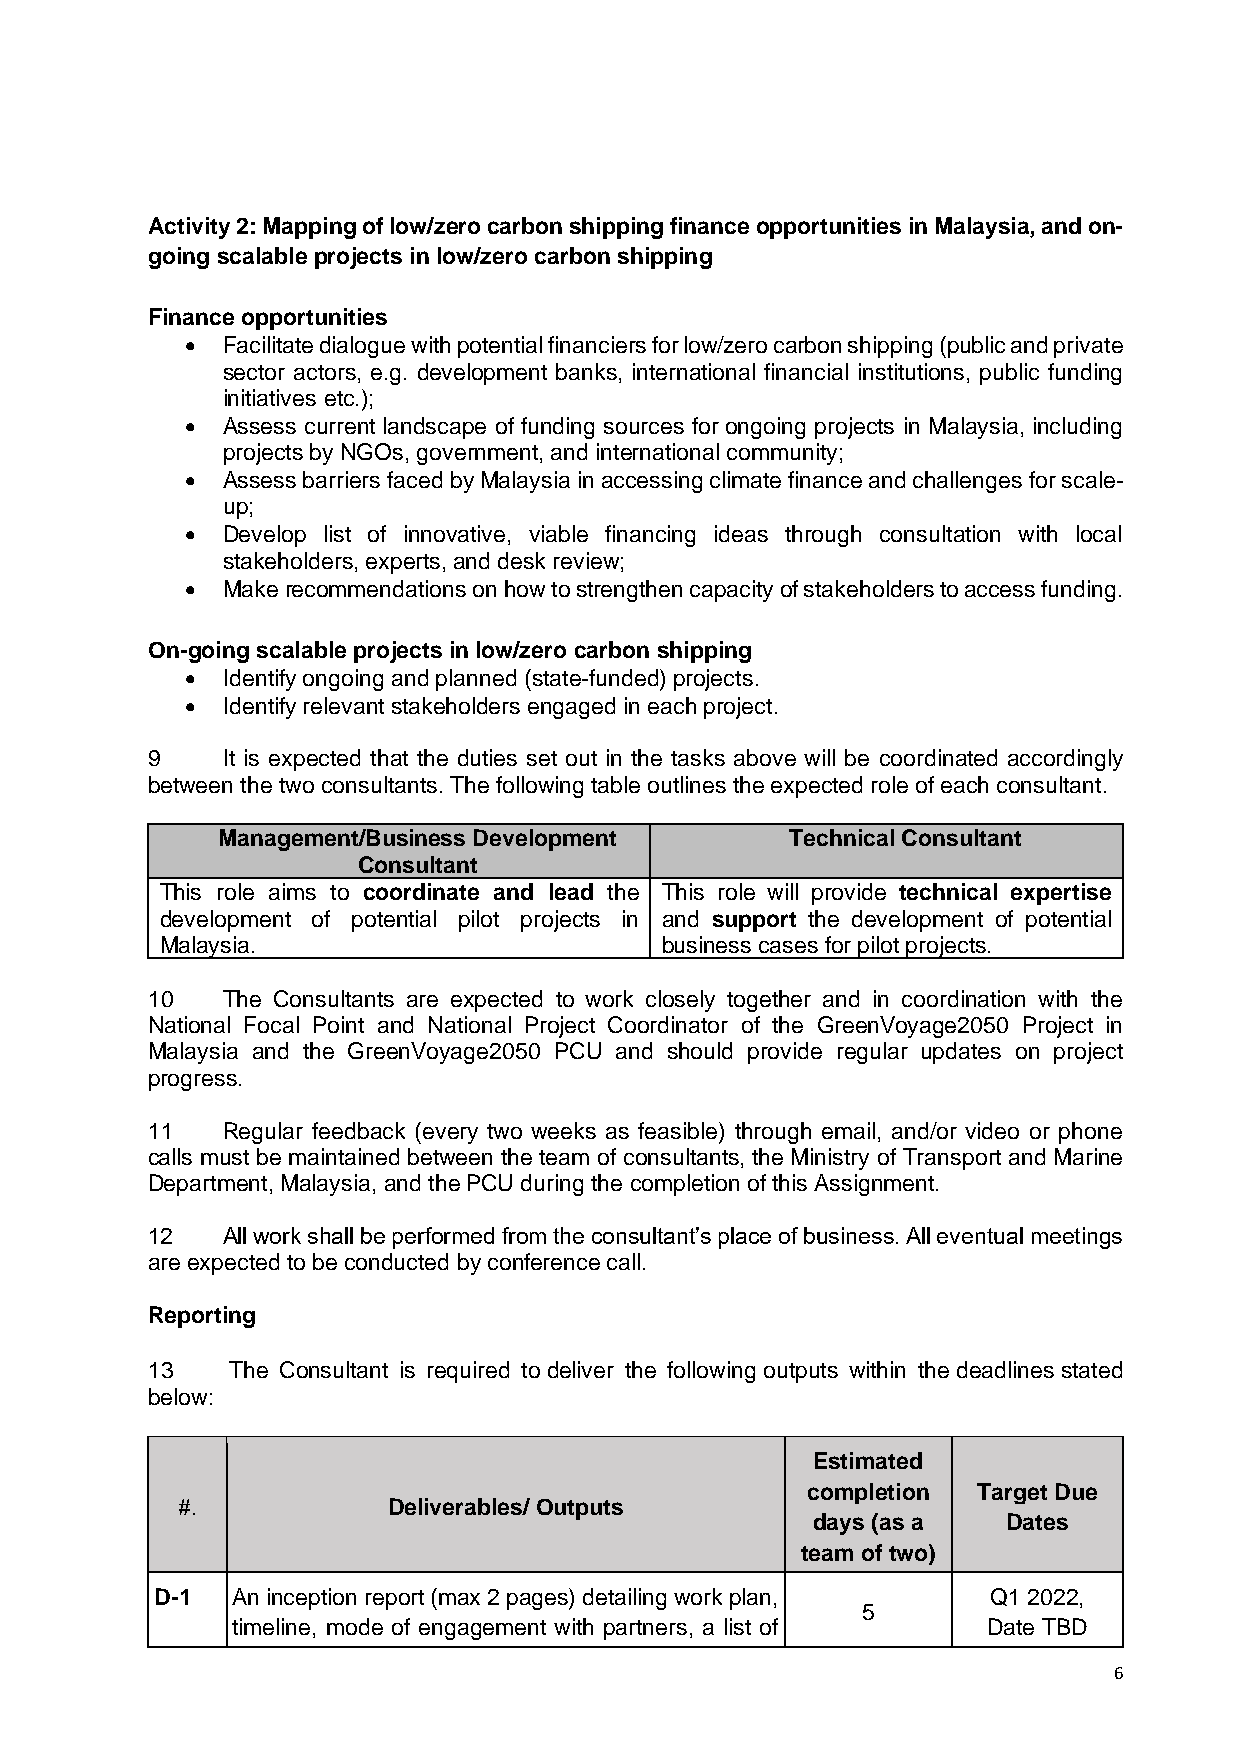
Activity 2: Mapping of low/zero carbon shipping finance opportunities in Malaysia, and on-
 going scalable projects in low/zero carbon shipping
 Finance opportunities
 •  Facilitate dialogue with potential financiers for low/zero carbon shipping (public and private
 sector actors, e.g. development banks, international financial institutions, public funding
 initiatives etc.);
 •  Assess current landscape of funding sources for ongoing projects in Malaysia, including
 projects by NGOs, government, and international community;
 •  Assess barriers faced by Malaysia in accessing climate finance and challenges for scale-
 up;
 •  Develop list of innovative, viable financing ideas through consultation with local
 stakeholders, experts, and desk review;
 •  Make recommendations on how to strengthen capacity of stakeholders to access funding.
 On-going scalable projects in low/zero carbon shipping
 •  Identify ongoing and planned (state-funded) projects.
 •  Identify relevant stakeholders engaged in each project.
 9    It is expected that the duties set out in the tasks above will be coordinated accordingly
 between the two consultants. The following table outlines the expected role of each consultant.
 Management/Business Development       Technical Consultant
 Consultant
 This role aims to coordinate and lead the This role will provide technical expertise
 development of potential pilot projects in and support the development of potential
 Malaysia.                        business cases for pilot projects.
 10   The Consultants are expected to work closely together and in coordination with the
 National Focal Point and National Project Coordinator of the GreenVoyage2050 Project in
 Malaysia and the GreenVoyage2050 PCU and should provide regular updates on project
 progress.
 11   Regular feedback (every two weeks as feasible) through email, and/or video or phone
 calls must be maintained between the team of consultants, the Ministry of Transport and Marine
 Department, Malaysia, and the PCU during the completion of this Assignment.
 12   All work shall be performed from the consultant’s place of business. All eventual meetings
 are expected to be conducted by conference call.
 Reporting
 13   The Consultant is required to deliver the following outputs within the deadlines stated
 below:
 Estimated
 completion  Target Due
 #.            Deliverables/ Outputs
 days (as a   Dates
 team of two)
 D-1  An inception report (max 2 pages) detailing work plan, Q1 2022,
 5
 timeline, mode of engagement with partners, a list of Date TBD
 6